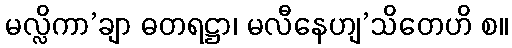
မလ္လိကာ’ချာ ဓတရဋ္ဌာ၊ မလီနေဟျ’သိတေဟိ စ။